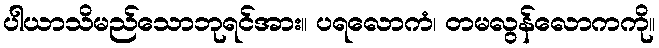
ပါယာသိမည်သောဘုရင်အား။ ပရလောကံ၊ တမလွန်လောကကို။